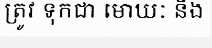
ត្រូវ ទុកជា មោឃៈ និង